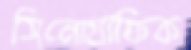
সিনোগ্রাফিক